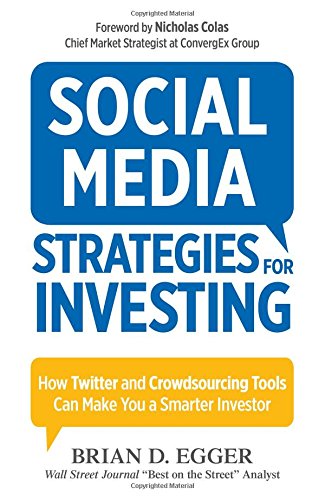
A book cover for Social Media Strategies For Investing: How Twitter and Crowdsourcing Tools Can Make You a Smarter Investor; Brian D. Egger; Business & Money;